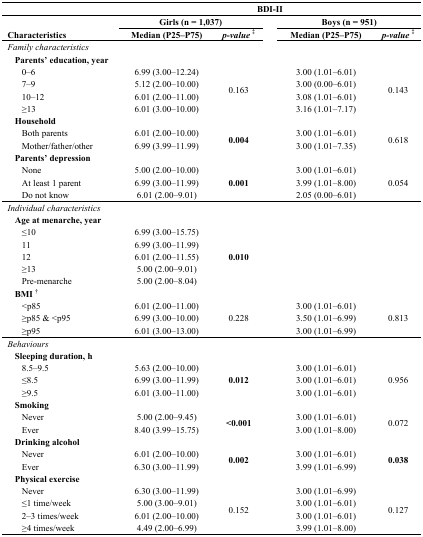
<table><thead><tr><td></td><td colspan="5"><b>BDI-II</b></td></tr><tr><td></td><td colspan="2"><b>Girls (n = 1,037)</b></td><td></td><td colspan="2"><b>Boys (n = 951)</b></td></tr><tr><td><b>Characteristics</b></td><td><b>Median (P25–P75)</b></td><td><b><i>p-value</i><sup>‡</sup></b></td><td></td><td><b>Median (P25–P75)</b></td><td><b><i>p-value</i><sup>‡</sup></b></td></tr></thead><tbody><tr><td><i>Family characteristics</i></td><td></td><td></td><td></td><td></td><td></td></tr><tr><td> <b>Parents’ education, year</b></td><td></td><td></td><td></td><td></td><td></td></tr><tr><td>0–6</td><td>6.99 (3.00–12.24)</td><td rowspan="4">0.163</td><td></td><td>3.00 (1.01–6.01)</td><td rowspan="4">0.143</td></tr><tr><td>7–9</td><td>5.12 (2.00–10.00)</td><td></td><td>3.00 (0.00–6.01)</td></tr><tr><td>10–12</td><td>6.01 (2.00–11.00)</td><td></td><td>3.08 (1.01–6.01)</td></tr><tr><td>≥13</td><td>6.01 (3.00–10.00)</td><td></td><td>3.16 (1.01–7.17)</td></tr><tr><td> <b>Household</b></td><td></td><td></td><td></td><td></td><td></td></tr><tr><td>Both parents</td><td>6.01 (2.00–10.00)</td><td rowspan="2"><b>0.004</b></td><td></td><td>3.00 (1.01–6.01)</td><td rowspan="2">0.618</td></tr><tr><td>Mother/father/other</td><td>6.99 (3.99–11.99)</td><td></td><td>3.00 (1.01–7.35)</td></tr><tr><td> <b>Parents’ depression</b></td><td></td><td></td><td></td><td></td><td></td></tr><tr><td>None</td><td>5.00 (2.00–10.00)</td><td rowspan="3"><b>0.001</b></td><td></td><td>3.00 (1.01–6.01)</td><td rowspan="3">0.054</td></tr><tr><td>At least 1 parent</td><td>6.99 (3.00–11.99)</td><td></td><td>3.99 (1.01–8.00)</td></tr><tr><td>Do not know</td><td>6.01 (2.00–9.01)</td><td></td><td>2.05 (0.00–6.01)</td></tr><tr><td><i>Individual characteristics</i></td><td></td><td></td><td></td><td></td><td></td></tr><tr><td> <b>Age at menarche, year</b></td><td></td><td></td><td></td><td></td><td></td></tr><tr><td>≤10</td><td>6.99 (3.00–15.75)</td><td rowspan="5"><b>0.010</b></td><td></td><td></td><td></td></tr><tr><td>11</td><td>6.99 (3.00–11.99)</td><td></td><td></td><td></td></tr><tr><td>12</td><td>6.01 (2.00–11.55)</td><td></td><td></td><td></td></tr><tr><td>≥13</td><td>5.00 (2.00–9.01)</td><td></td><td></td><td></td></tr><tr><td>Pre-menarche</td><td>5.00 (2.00–8.04)</td><td></td><td></td><td></td></tr><tr><td> <b>BMI </b><sup>†</sup></td><td></td><td></td><td></td><td></td><td></td></tr><tr><td>&lt;p85</td><td>6.01 (2.00–11.00)</td><td rowspan="3">0.228</td><td></td><td>3.00 (1.01–6.01)</td><td rowspan="3">0.813</td></tr><tr><td>≥p85 &amp; &lt;p95</td><td>6.99 (3.00–10.00)</td><td></td><td>3.50 (1.01–6.99)</td></tr><tr><td>≥p95</td><td>6.01 (3.00–13.00)</td><td></td><td>3.00 (1.01–6.99)</td></tr><tr><td><i>Behaviours</i></td><td></td><td></td><td></td><td></td><td></td></tr><tr><td> <b>Sleeping duration, h</b></td><td></td><td></td><td></td><td></td><td></td></tr><tr><td>8.5–9.5</td><td>5.63 (2.00–10.00)</td><td rowspan="3"><b>0.012</b></td><td></td><td>3.00 (1.01–6.01)</td><td rowspan="3">0.956</td></tr><tr><td>≤8.5</td><td>6.99 (3.00–11.99)</td><td></td><td>3.00 (1.01–6.01)</td></tr><tr><td>≥9.5</td><td>6.01 (3.00–11.00)</td><td></td><td>3.00 (1.01–6.01)</td></tr><tr><td> <b>Smoking</b></td><td></td><td></td><td></td><td></td><td></td></tr><tr><td>Never</td><td>5.00 (2.00–9.45)</td><td rowspan="2"><b>&lt;0.001</b></td><td></td><td>3.00 (1.01–6.01)</td><td rowspan="2">0.072</td></tr><tr><td>Ever</td><td>8.40 (3.99–15.75)</td><td></td><td>3.00 (1.01–8.00)</td></tr><tr><td> <b>Drinking alcohol</b></td><td></td><td></td><td></td><td></td><td></td></tr><tr><td>Never</td><td>6.01 (2.00–10.00)</td><td rowspan="2"><b>0.002</b></td><td></td><td>3.00 (1.01–6.01)</td><td rowspan="2"><b>0.038</b></td></tr><tr><td>Ever</td><td>6.30 (3.00–11.99)</td><td></td><td>3.99 (1.01–6.99)</td></tr><tr><td> <b>Physical exercise</b></td><td></td><td></td><td></td><td></td><td></td></tr><tr><td>Never</td><td>6.30 (3.00–11.99)</td><td rowspan="4">0.152</td><td></td><td>3.00 (1.01–6.99)</td><td rowspan="4">0.127</td></tr><tr><td>≤1 time/week</td><td>5.00 (3.00–9.01)</td><td></td><td>3.00 (1.01–6.01)</td></tr><tr><td>2–3 times/week</td><td>6.01 (2.00–10.00)</td><td></td><td>3.00 (1.01–6.01)</td></tr><tr><td>≥4 times/week</td><td>4.49 (2.00–6.99)</td><td></td><td>3.99 (1.01–8.00)</td></tr></tbody></table>